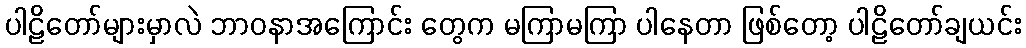
ပါဠိတော်များမှာလဲ ဘာဝနာအကြောင်း တွေက မကြာမကြာ ပါနေတာ ဖြစ်တော့ ပါဠိတော်ချယင်း